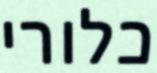
כלורי